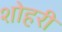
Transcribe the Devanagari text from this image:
शोहरी